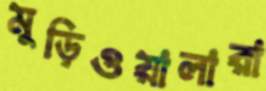
মুড়িওয়ালারা